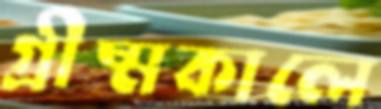
গ্রীষ্মকালে